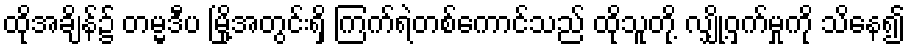
ထိုအချိန်၌ တမ္မဒီပ မြို့အတွင်းရှိ ကြက်ရဲတစ်ကောင်သည် ထိုသူတို့ လျှို့ဝှက်မှုကို သိနေ၍